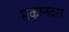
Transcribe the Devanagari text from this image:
मकानदार